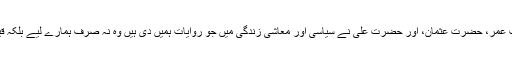
اور حضرات خلفاء راشدین حضرت ابوبکرؓ، حضرت عمرؓ، حضرت عثمانؓ، اور حضرت علیؓ نے سیاسی اور معاشی زندگی میں جو روایات ہمیں دی ہیں وہ نہ صرف ہمارے لیے بلکہ قیامت تک پوری نسل انسانی کے لیے مشعل راہ ہیں۔